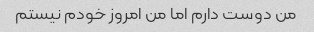
من دوست دارم اما من امروز خودم نیستم